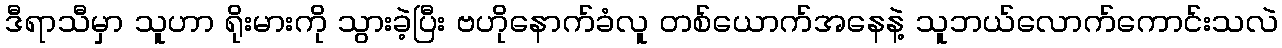
ဒီရာသီမှာ သူဟာ ရိုးမားကို သွားခဲ့ပြီး ဗဟိုနောက်ခံလူ တစ်ယောက်အနေနဲ့ သူဘယ်လောက်ကောင်းသလဲ